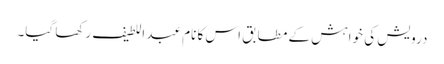
درویش کی خواہش کے مطابق اس کا نام عبد اللطیف رکھا گیا۔